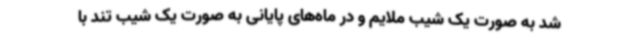
شد به صورت یک شیب ملایم و در ماه‌های پایانی به صورت یک شیب تند با